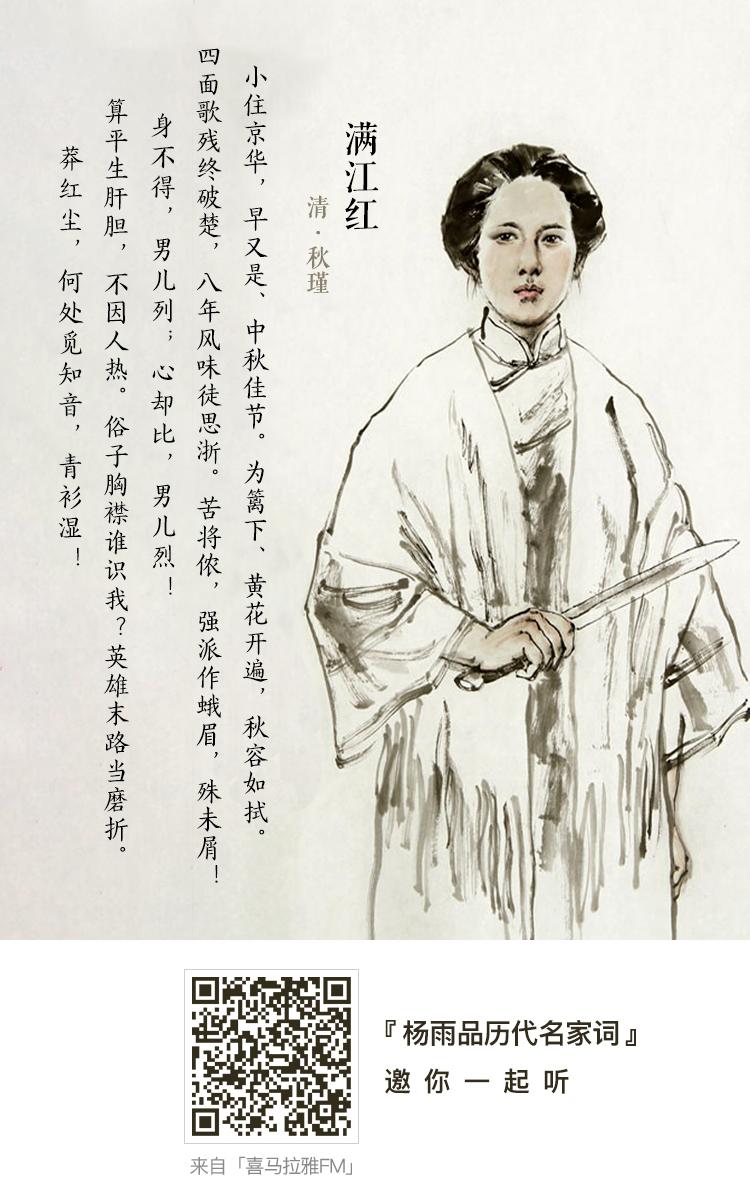
四面歌残终破楚，八年风味徒思浙。